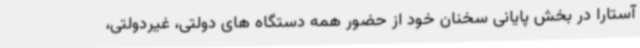
آستارا در بخش پایانی سخنان خود از حضور همه دستگاه های دولتی، غیردولتی،